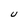
Character: U